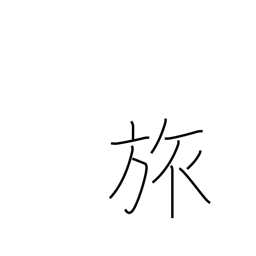
Meaning: travel